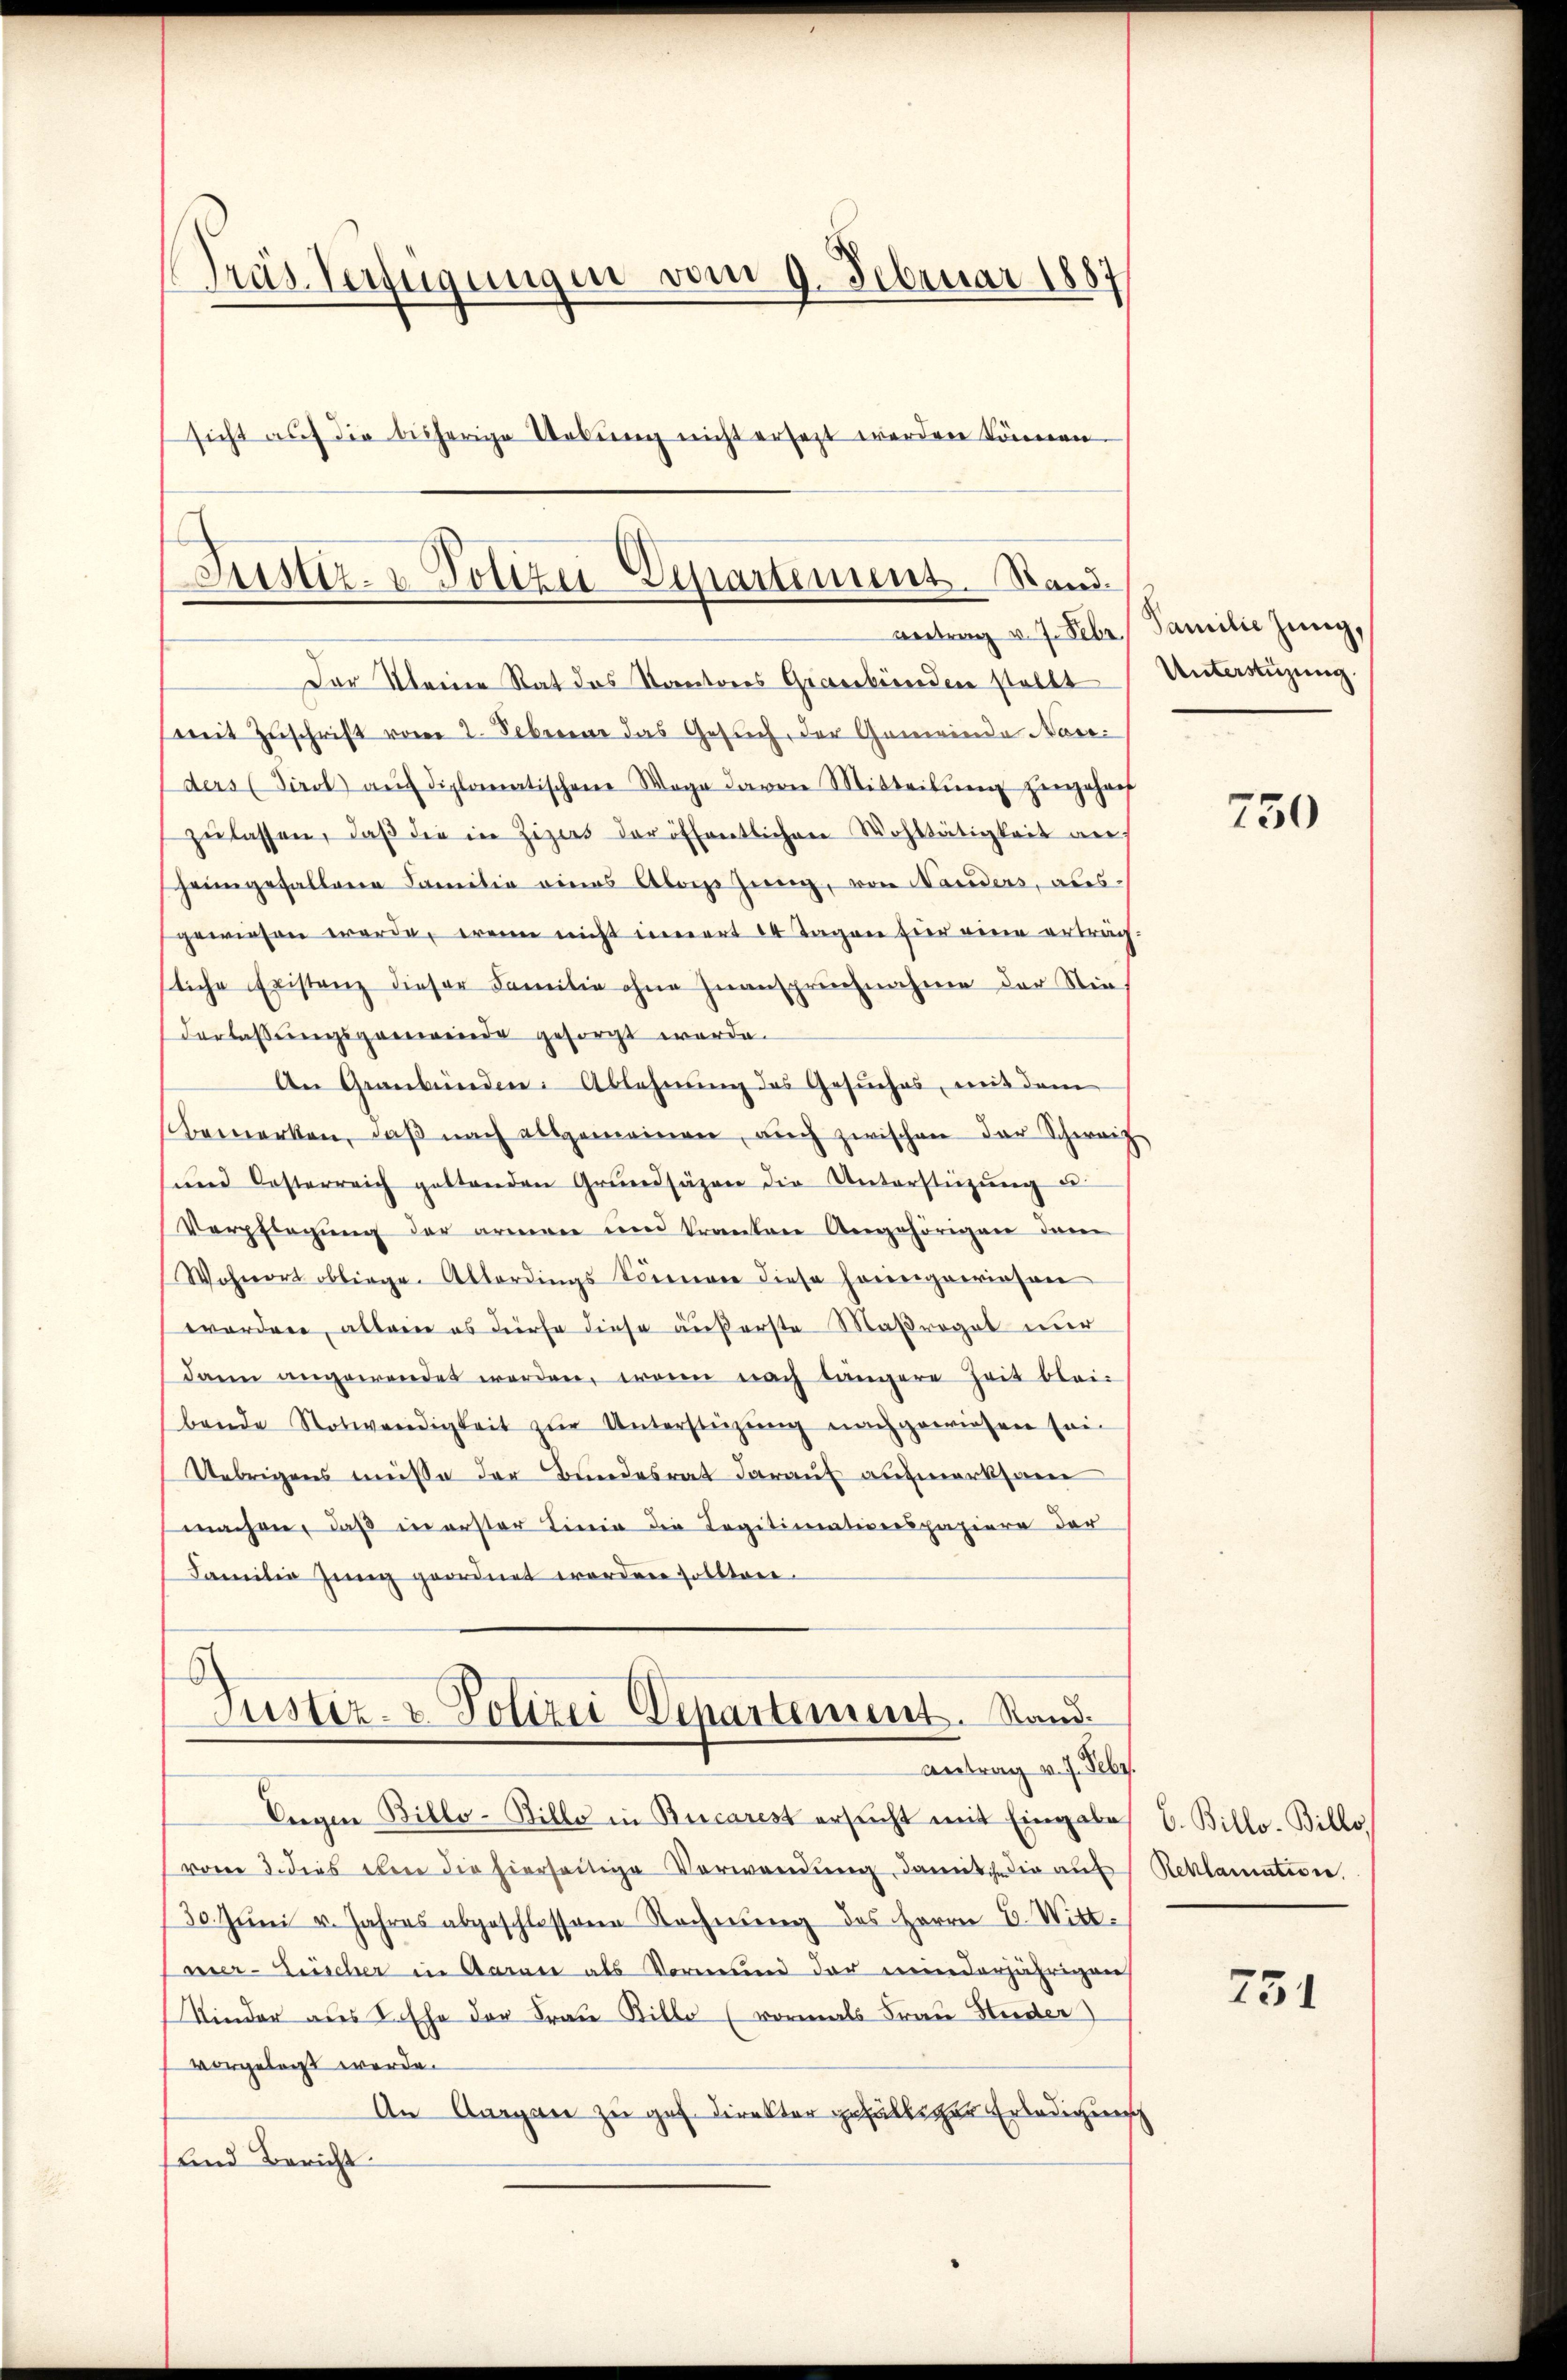
Präs. Verfügungen vom 9. Februar 1887
sicht auf die bisherige Webŭng nicht ersetzt werden können

Der Kleine Rat des Kantores Graubünden stellt
(mit Zŭschrift vom 2. Februar das Gesuch, der Gemeinde Nase
ders (Tirol aŭf diplomatischen Wege davon Mitteilŭng zugehör
zŭlassen, daß die in Zizers der öffentlichen Wohltätigkeit auf
heimgefallene Familie eines Alois jung, von Variders, ausgewiesen werde, wenn nicht innert 14 Tagen für eine erträg
sliche Existenz dieser Familie ohne Zuanspruchnahme der Sie
derlassungsganwende gesorgt werde.
An Graubünden: Ablehnung des Gesuches, mit dem
bemerken, daß nach allgemeinen, auch zwischen der Schweiz
und Kosterreich geltenden Grundsäzen die Unterstützung u
Verpflegung der armen und Kranten Angehörigen dar
Wohnort obliege. Abbordings Sonnere diese hereigewiesen
worden, allein es dürfe diese äußerste Maßrogat nur
dann angewendet werden, wenn nach längere Zeit bleibende Notwendigkeit zŭr Unterstüzung nachgewiesen sei-
Uebrigens müsse der Bundesrat darauf aufmerksam
machen, daß in erster Linie die Legitimativerspapiere der
Familie Jung geordnet worden sollten.

Justiz- & Polizei-Departement. Sandantrag v. J. Febr. Familie Jung,

Justiz- & Polizei Departement. Stand.
Antrag v. J. Febr.

Eigen Billo-Bille in Burcarest ersucht mit Eingabe E. Billo-Billo
vom 3. dies eben die hierseitige Verwendŭng, damit die auf Reklamation.
30. Jŭni v. Jahres abgeschlossene Rechnŭng des Herrn C. Wittmer- Lüscher in Garan als Vormund der meinderjährigen
Kinder aus Ehe der Frau Billo (vormals Frau Huder
vorgelasst werde.
An Aargau zu geb. Direkter gefältiger Erledigung
(und Bericht

Unterstüzung.

750

751